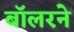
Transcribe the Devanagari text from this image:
बॉलरने